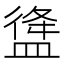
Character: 𥂃